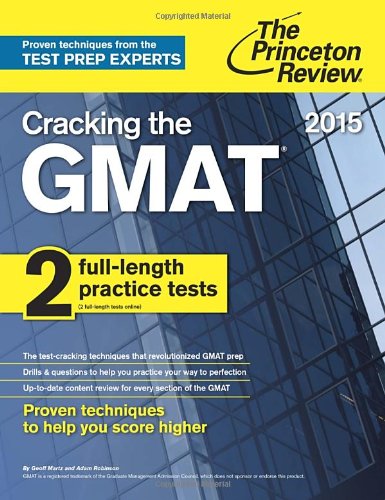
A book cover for Cracking the GMAT with 2 Computer-Adaptive Practice Tests, 2015 Edition (Graduate School Test Preparation); Princeton Review; Education & Teaching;